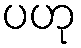
ပဟု